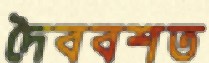
দৈববশত